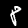
Digit: 8